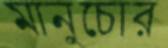
মানুচোর